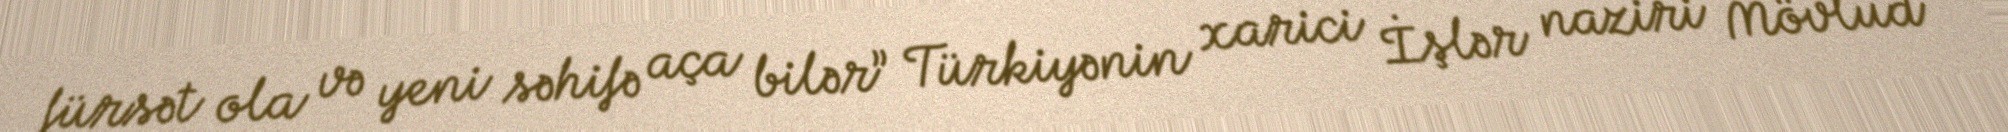
fürsət ola və yeni səhifə aça bilər” Türkiyənin xarici İşlər naziri Mövlud